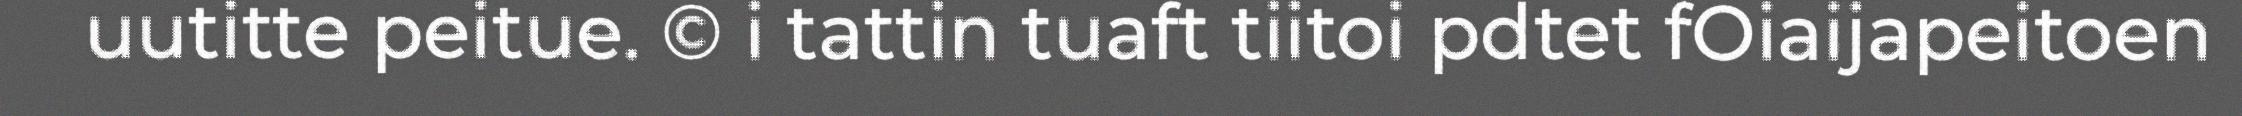
uutitte peitue. © i tattin tuaft tiitoi pdtet fOiaijapeitoen